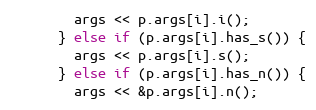
Language: C++
        args << p.args[i].i();
      } else if (p.args[i].has_s()) {
        args << p.args[i].s();
      } else if (p.args[i].has_n()) {
        args << &p.args[i].n();